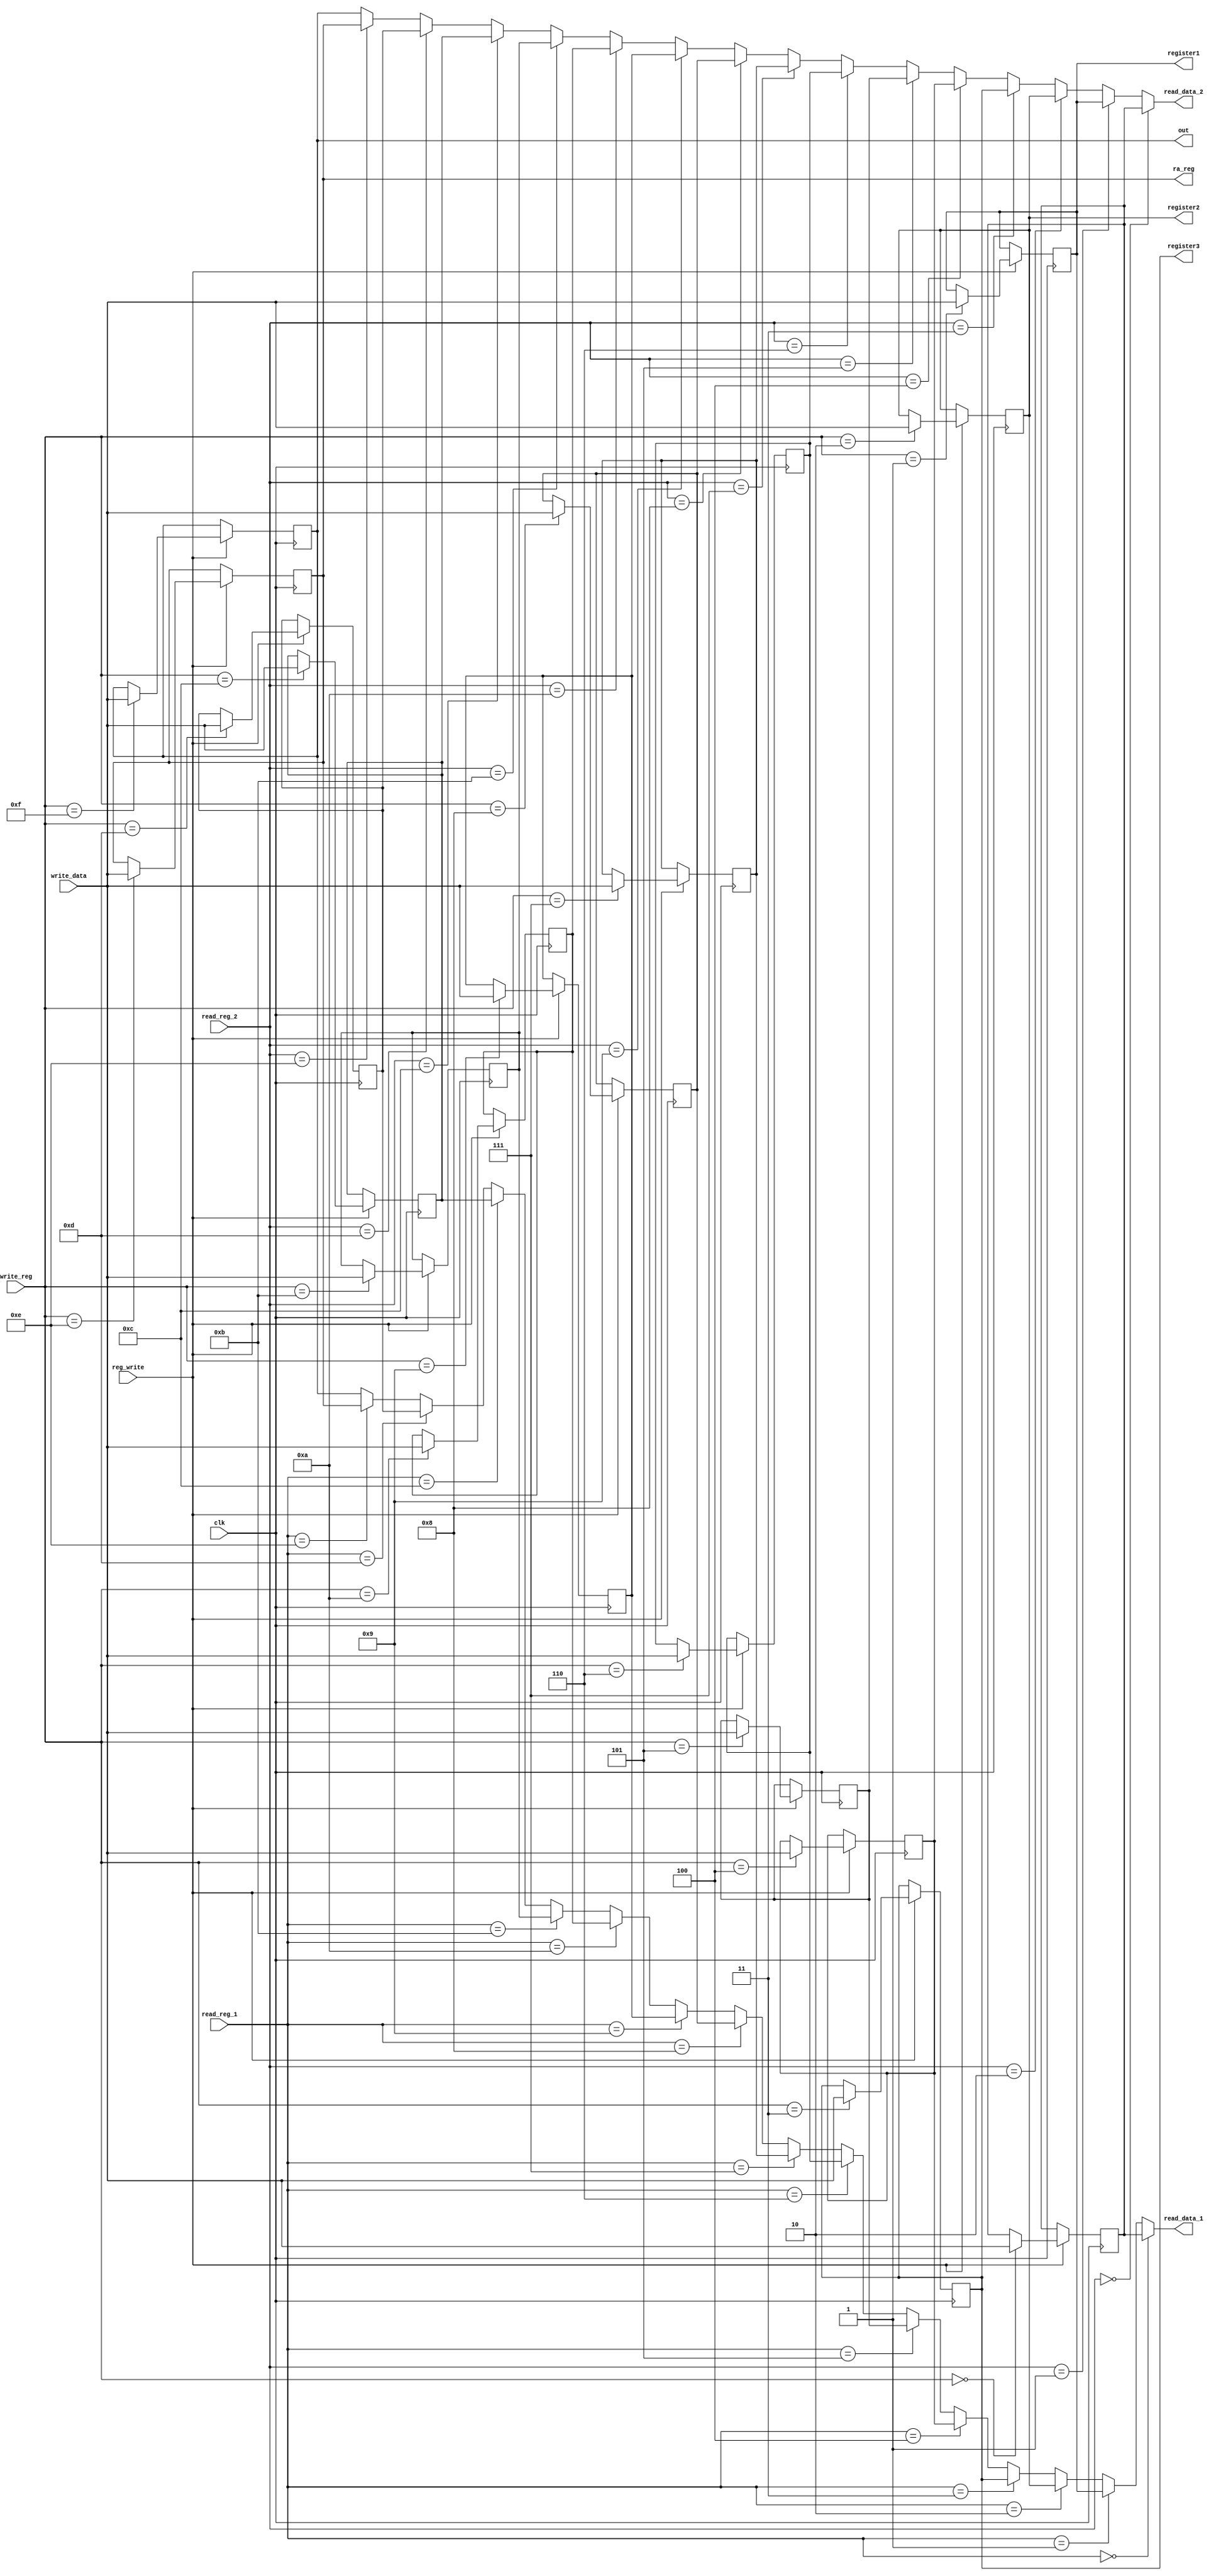
module registers (
	input  clk,
	input  reg_write,
	input  [15:0] write_data,
	input  [3:0]  write_reg,
	input  [3:0]  read_reg_1,
	input  [3:0]  read_reg_2,
	output [15:0] read_data_1,
	output [15:0] read_data_2,
	output [15:0] out,
	output [15:0] ra_reg,
	output [15:0] register1,
	output [15:0] register2,
	output [15:0] register3);

reg [15:0] reg0, reg1, reg2, reg3, reg4, reg5, reg6, reg7, reg8, reg9, reg10, reg11, reg12, reg13, reg14, reg15;

assign out       =  reg15;
assign register1 =  reg1;
assign register2 =  reg2;
assign register3 =  reg3;
assign ra_reg    =  reg14;

always@(negedge clk)
	begin
	if(reg_write == 1)
		begin
			case (write_reg)
    			4'b0000: reg0  <= write_data;
    			4'b0001: reg1  <= write_data;
    			4'b0010: reg2  <= write_data;
    			4'b0011: reg3  <= write_data;
    			4'b0100: reg4  <= write_data;
    			4'b0101: reg5  <= write_data;
    			4'b0110: reg6  <= write_data;
    			4'b0111: reg7  <= write_data;
    			4'b1000: reg8  <= write_data;
    			4'b1001: reg9  <= write_data;
    			4'b1010: reg10 <= write_data;
    			4'b1011: reg11 <= write_data;
    			4'b1100: reg12 <= write_data;
    			4'b1101: reg13 <= write_data;
    			4'b1110: reg14 <= write_data;
    			4'b1111: reg15 <= write_data;
  			endcase
		end
end

assign read_data_1 = (read_reg_1 == 4'b0000) ? reg0 :
							(read_reg_1 == 4'b0001) ? reg1 :
							(read_reg_1 == 4'b0010) ? reg2 :
							(read_reg_1 == 4'b0011) ? reg3 :
							(read_reg_1 == 4'b0100) ? reg4 :
							(read_reg_1 == 4'b0101) ? reg5 :
							(read_reg_1 == 4'b0110) ? reg6 :
							(read_reg_1 == 4'b0111) ? reg7 :
							(read_reg_1 == 4'b1000) ? reg8 :
							(read_reg_1 == 4'b1001) ? reg9 :
							(read_reg_1 == 4'b1010) ? reg10 :
							(read_reg_1 == 4'b1011) ? reg11 :
							(read_reg_1 == 4'b1100) ? reg12 :
							(read_reg_1 == 4'b1101) ? reg13 :
							(read_reg_1 == 4'b1110) ? reg14 : reg15 ;  
						
assign read_data_2 = (read_reg_2 == 4'b0000) ? reg0 :
							(read_reg_2 == 4'b0001) ? reg1 :
							(read_reg_2 == 4'b0010) ? reg2 :
							(read_reg_2 == 4'b0011) ? reg3 :
							(read_reg_2 == 4'b0100) ? reg4 :
							(read_reg_2 == 4'b0101) ? reg5 :
							(read_reg_2 == 4'b0110) ? reg6 :
							(read_reg_2 == 4'b0111) ? reg7 :
							(read_reg_2 == 4'b1000) ? reg8 :
							(read_reg_2 == 4'b1001) ? reg9 :
							(read_reg_2 == 4'b1010) ? reg10 :
							(read_reg_2 == 4'b1011) ? reg11 :
							(read_reg_2 == 4'b1100) ? reg12 :
							(read_reg_2 == 4'b1101) ? reg13 :
							(read_reg_2 == 4'b1110) ? reg14 : reg15 ; 

endmodule